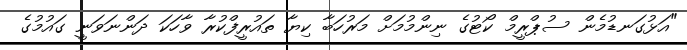
"އަޅުގަނޑުމެން ސުޕްރީމް ކޯޓުގެ ނިންމުމަށް މަރުހަބާ ކިޔާ ތައުރީފްކުރާ ވާހަކަ ދަންނަވަނީ ގައުމުގެ